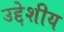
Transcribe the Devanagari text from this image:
उद्देशीय